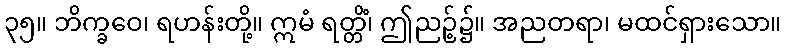
၃၅။ ဘိက္ခဝေ၊ ရဟန်းတို့။ ဣမံ ရတ္တိံ၊ ဤညဉ့်၌။ အညတရာ၊ မထင်ရှားသော။